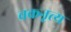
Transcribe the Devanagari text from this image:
चक्रनृत्य